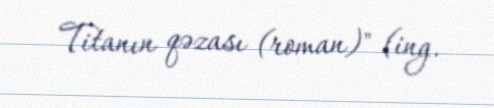
Titanın qəzası (roman)" (ing.